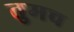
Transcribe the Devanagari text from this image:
तुमच